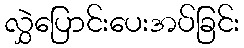
လွှဲပြောင်းပေးအပ်ခြင်း